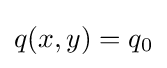
q(x,y)=q_{0}